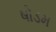
ષોડમ